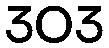
303